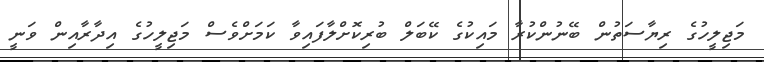
މަޖިލީހުގެ ރިޔާސަތުން ބޭނުންކުރާ މައިކުގެ ކޭބަލް ބުރިކޮށްލާފައިވާ ކަމަށްވެސް މަޖިލީހުގެ އިދާރާއިން ވަނީ